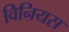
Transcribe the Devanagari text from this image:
विनियस